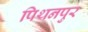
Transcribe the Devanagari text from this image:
पिथनपुर